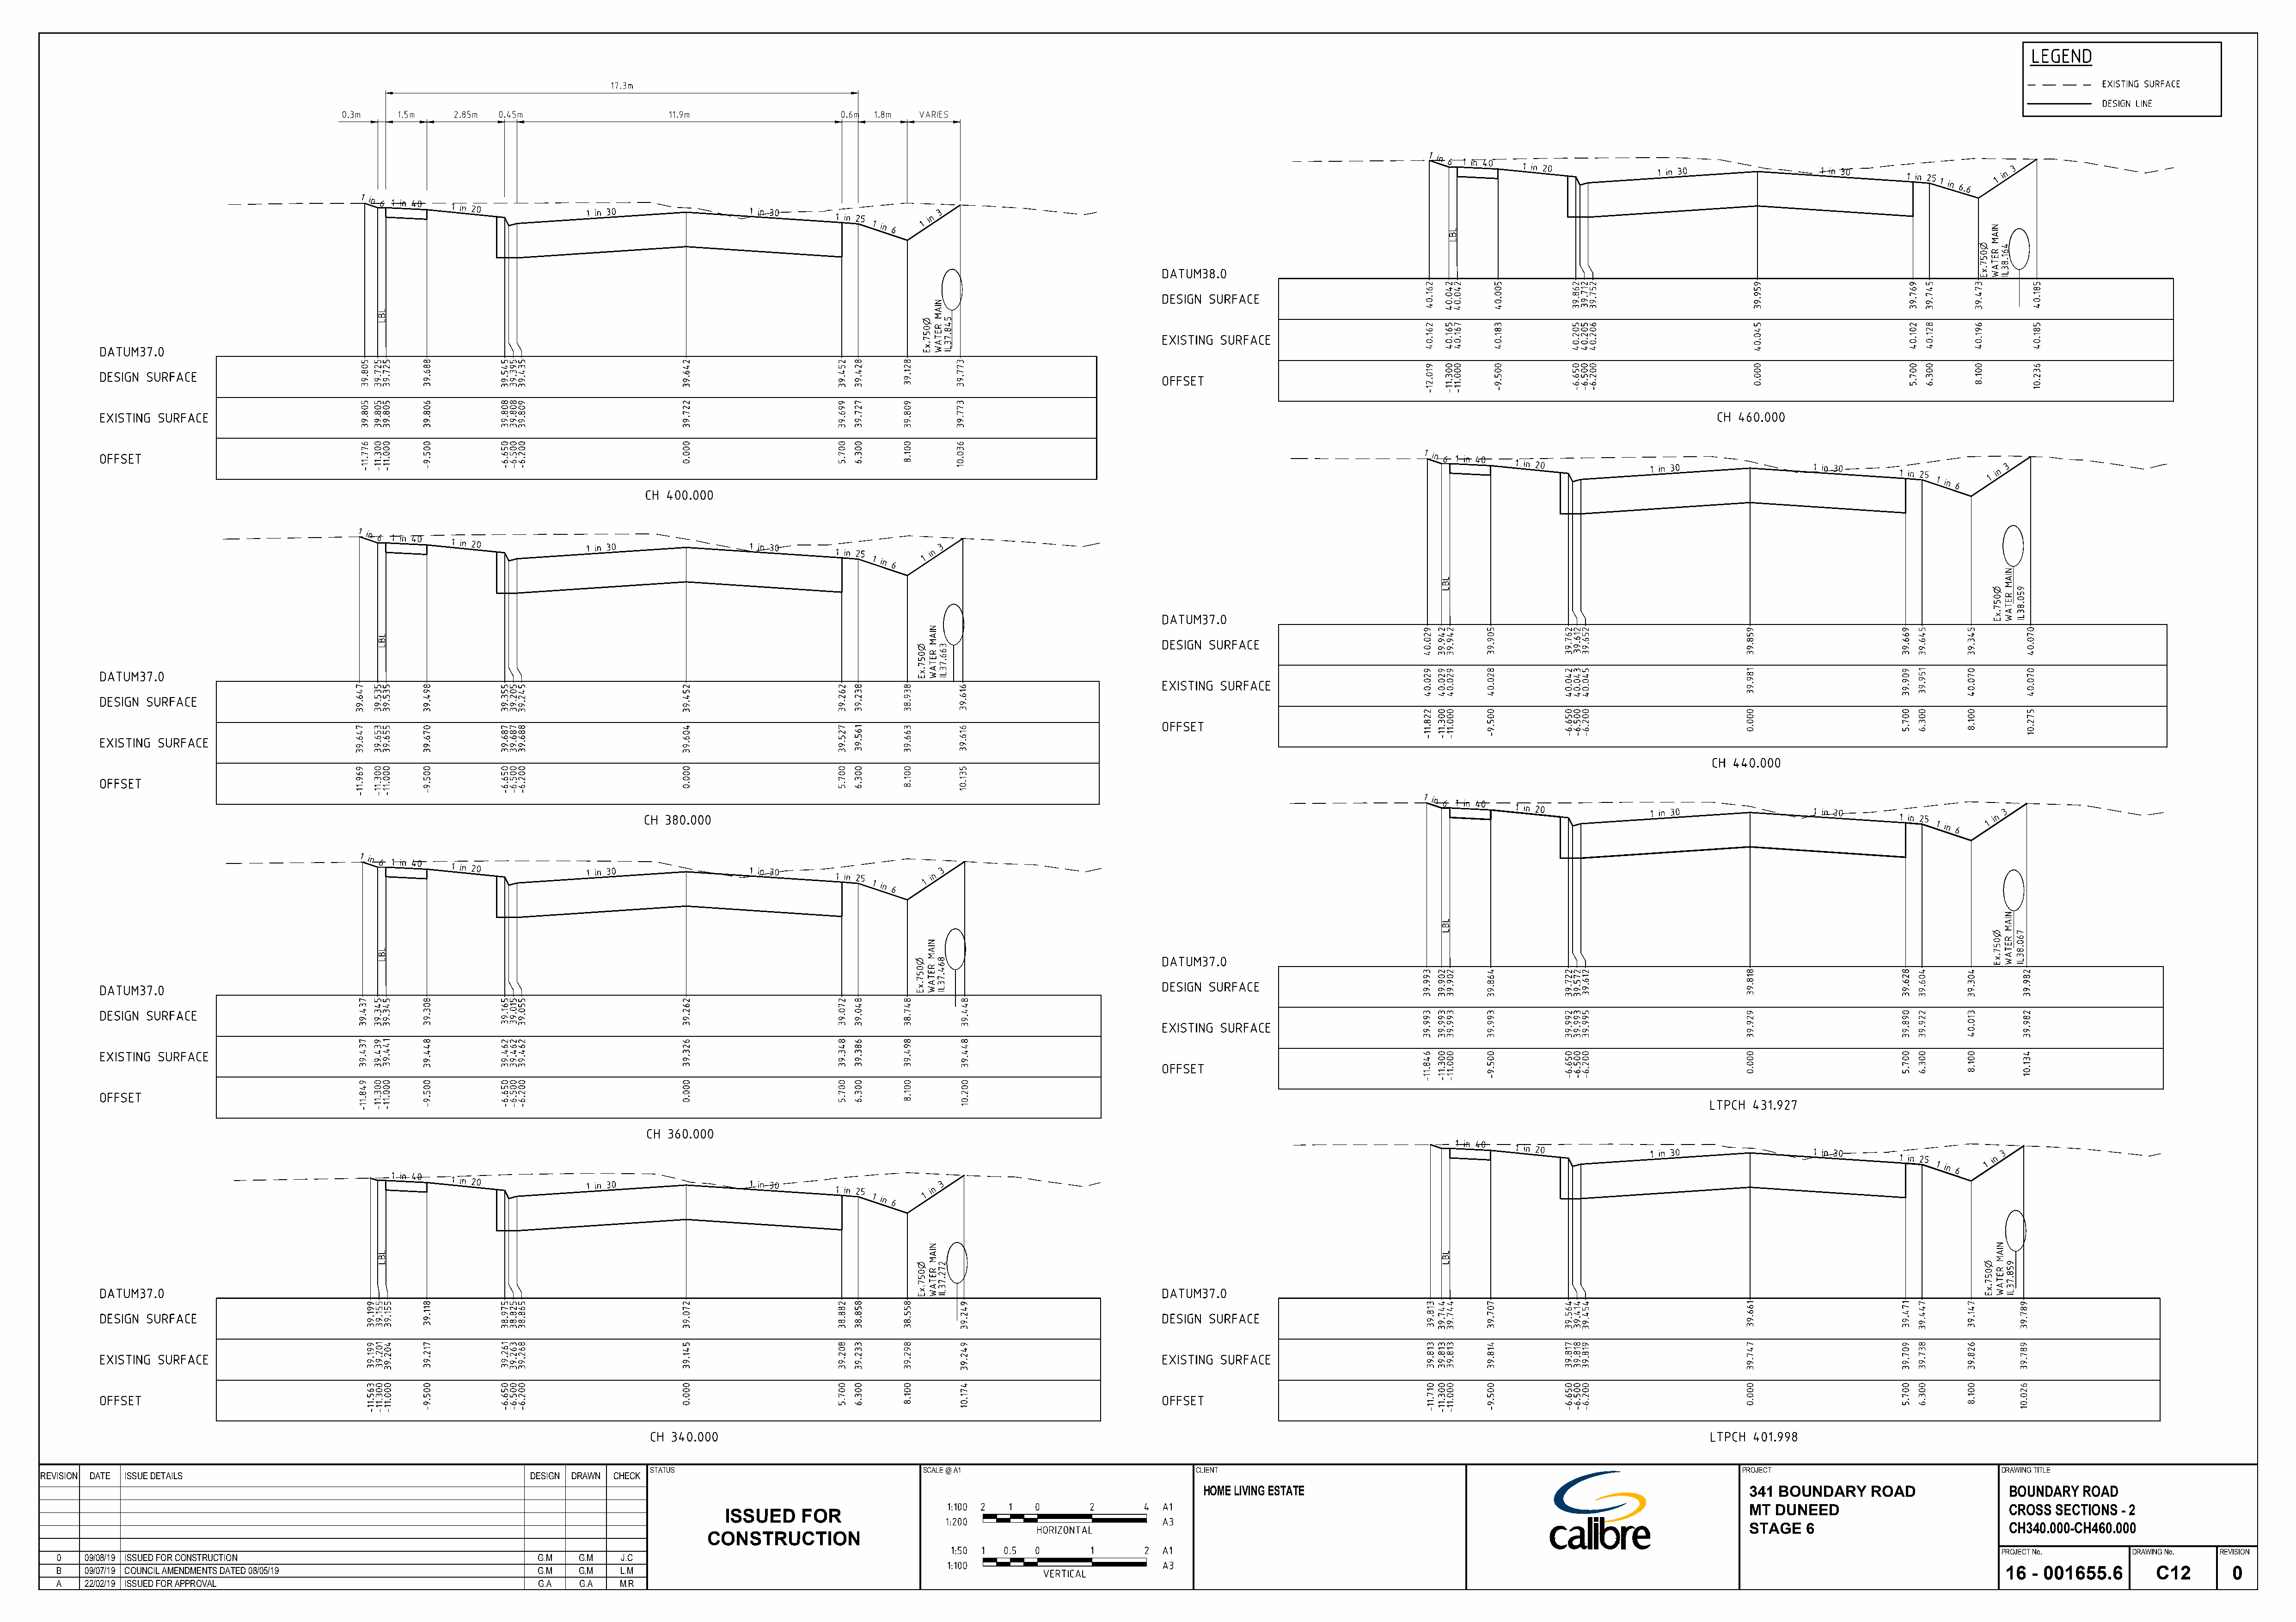
STATUS                                 SCALE @ A1                             CLIENT                                                                        PROJECT                               DRAWING TITLE
 REVISION DATE ISSUE DETAILS                                           DESIGN DRAWN CHECK
 HOME LIVING ESTATE                                                             341 BOUNDARY     ROAD                BOUNDARY  ROAD
 MT DUNEED                            CROSS SECTIONS  - 2
 ISSUED     FOR
 STAGE   6                            CH340.000-CH460.000
 CONSTRUCTION
 PROJECT No.       DRAWING No.  REVISION
 0   090819 ISSUED FOR CONSTRUCTION                                   G.M   G.M   J.C
 B   090719 COUNCIL AMENDMENTS DATED 080519                           G.M   G,M   L.M                                                                                                                                                                                                   16  - 001655.6        C12        0
 A   220219 ISSUED FOR APPROVAL                                       G.A   G.A   M.R